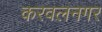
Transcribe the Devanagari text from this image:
करवलनगर